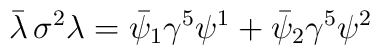
\bar\lambda\,\sigma^2\lambda=\bar\psi_1\gamma^5\psi^1+\bar\psi_2\gamma^5\psi^2